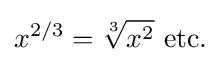
x^{2/3}={\sqrt[{3}]{x^{2}}}{\text{ etc.}}